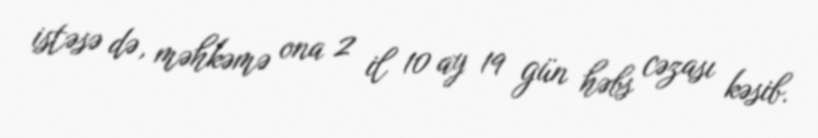
istəsə də, məhkəmə ona 2 il 10 ay 19 gün həbs cəzası kəsib.